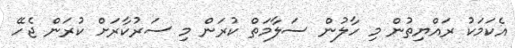
އެކަމަކު ރައްޔިތުން މި ހާލުން ސަލާމަތް ކުރަން މި ސަރުކާރަށް ކުރަން ޖެހޭ